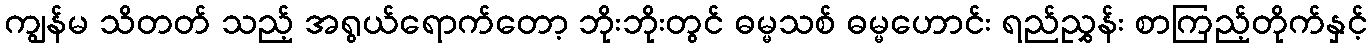
ကျွန်မ သိတတ် သည့် အရွယ်ရောက်တော့ ဘိုးဘိုးတွင် ဓမ္မသစ် ဓမ္မဟောင်း ရည်ညွှန်း စာကြည့်တိုက်နှင့်